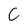
Character: G